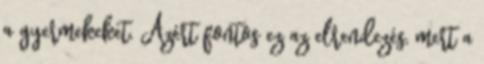
a gyermekeket. Azért fontos ez az elrendezés, mert a